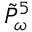
\tilde { P } _ { \omega } ^ { 5 }